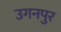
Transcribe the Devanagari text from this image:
उगनपुर